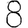
Digit: 8